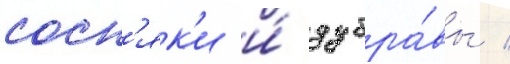
сосн'як'и и́ дубра́вы /